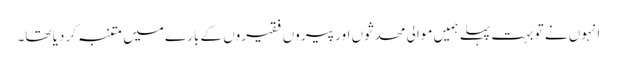
انہوں نے تو بہت پہلے ہمیں موالی محدثوں اور پیروں فقیروں کے بارے میں متنبہ کر دیا تھا۔